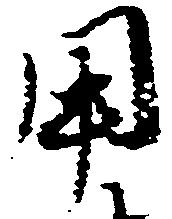
用